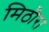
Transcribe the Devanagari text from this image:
मिठौरा